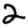
Digit: 2